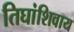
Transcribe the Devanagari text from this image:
तिघांशिवाय